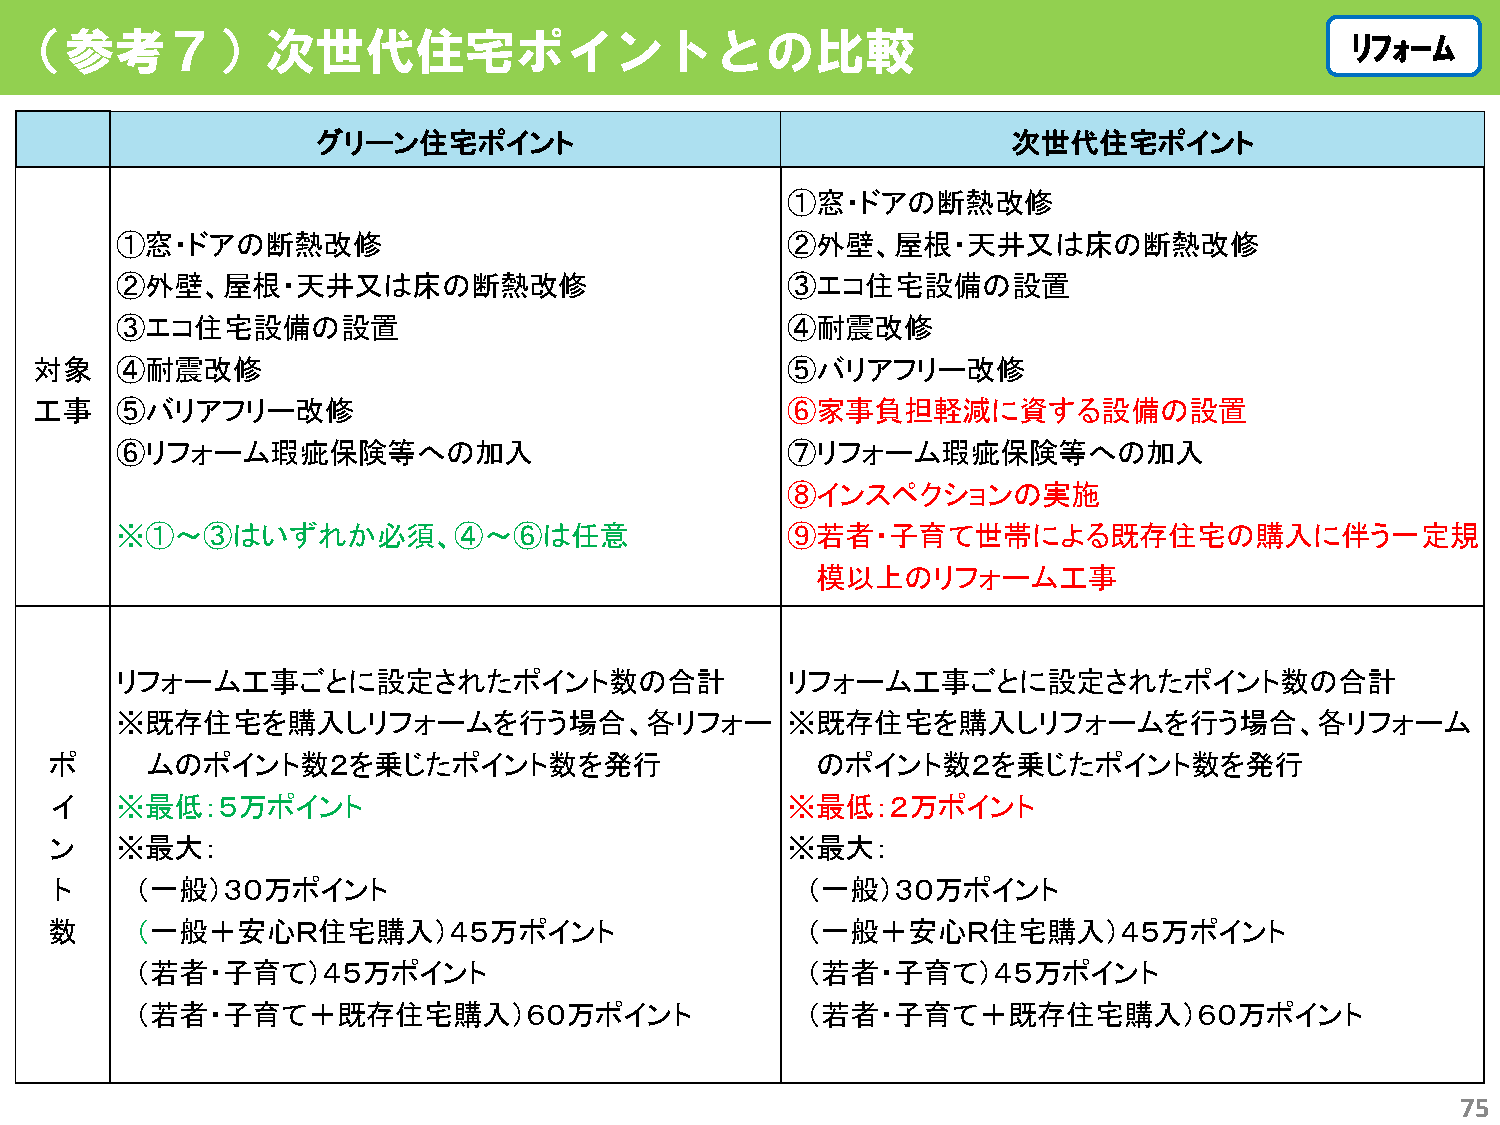
（参考７）次世代住宅ポイントとの比較                                                                       ﾘﾘﾌﾌｫｫｰｰﾑﾑ
 グリーン住宅ポイント                                    次世代住宅ポイント
 ①窓・ドアの断熱改修
 ①窓・ドアの断熱改修                                  ②外壁、屋根・天井又は床の断熱改修
 ②外壁、屋根・天井又は床の断熱改修                           ③エコ住宅設備の設置
 ③エコ住宅設備の設置                                  ④耐震改修
 対象    ④耐震改修                                       ⑤バリアフリー改修
 工事    ⑤バリアフリー改修                                   ⑥家事負担軽減に資する設備の設置
 ⑥リフォーム瑕疵保険等への加入                             ⑦リフォーム瑕疵保険等への加入
 ⑧インスペクションの実施
 ※①～③はいずれか必須、④～⑥は任意                          ⑨若者・子育て世帯による既存住宅の購入に伴う一定規
 模以上のリフォーム工事
 リフォーム工事ごとに設定されたポイント数の合計                     リフォーム工事ごとに設定されたポイント数の合計
 ※既存住宅を購入しリフォームを行う場合、各リフォー                   ※既存住宅を購入しリフォームを行う場合、各リフォーム
 ポ      ムのポイント数２を乗じたポイント数を発行                        のポイント数２を乗じたポイント数を発行
 イ    ※最低：５万ポイント                                  ※最低：２万ポイント
 ン    ※最大：                                        ※最大：
 ト    （一般）３０万ポイント                                 （一般）３０万ポイント
 数     （一般＋安心Ｒ住宅購入）４５万ポイント                         （一般＋安心Ｒ住宅購入）４５万ポイント
 （若者・子育て）４５万ポイント                             （若者・子育て）４５万ポイント
 （若者・子育て＋既存住宅購入）６０万ポイント                      （若者・子育て＋既存住宅購入）６０万ポイント
 75